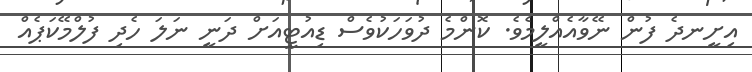
އިށީނދެ ފުން ނޭވާއެއްލީމެވެ. ކޮންމެ ދުވަހަކުވެސް ޑިއުޓީއަށް ދަނީ ނަލަ ހެދި ފުލްމޭކަޕެއް